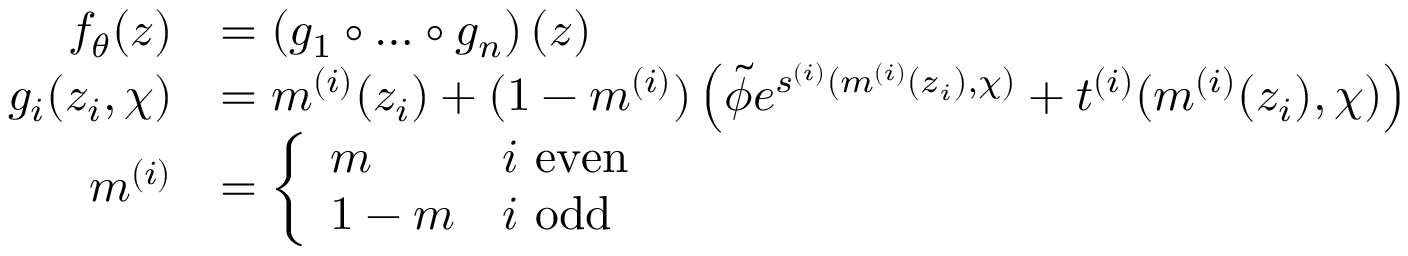
\begin{array} { r l } { f _ { \theta } ( z ) } & { = \left( g _ { 1 } \circ \dots \circ g _ { n } \right) ( z ) } \\ { g _ { i } ( z _ { i } , \chi ) } & { = m ^ { ( i ) } ( z _ { i } ) + ( 1 - m ^ { ( i ) } ) \left( \tilde { \phi } e ^ { s ^ { ( i ) } ( m ^ { ( i ) } ( z _ { i } ) , \chi ) } + t ^ { ( i ) } ( m ^ { ( i ) } ( z _ { i } ) , \chi ) \right) } \\ { m ^ { ( i ) } } & { = \left\{ \begin{array} { l l } { m } & { i \mathrm { ~ e v e n } } \\ { 1 - m } & { i \mathrm { ~ o d d } } \end{array} \right. } \end{array}